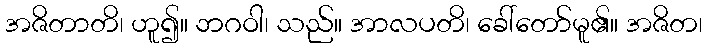
အဇိတာတိ၊ ဟူ၍။ ဘဂဝါ၊ သည်။ အာလပတိ၊ ခေါ်တော်မူ၏။ အဇိတ၊